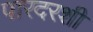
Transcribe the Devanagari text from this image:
पारदरशी